Lunatic asylums Madras 1877-1891 - 1877-1891
Year: 1877
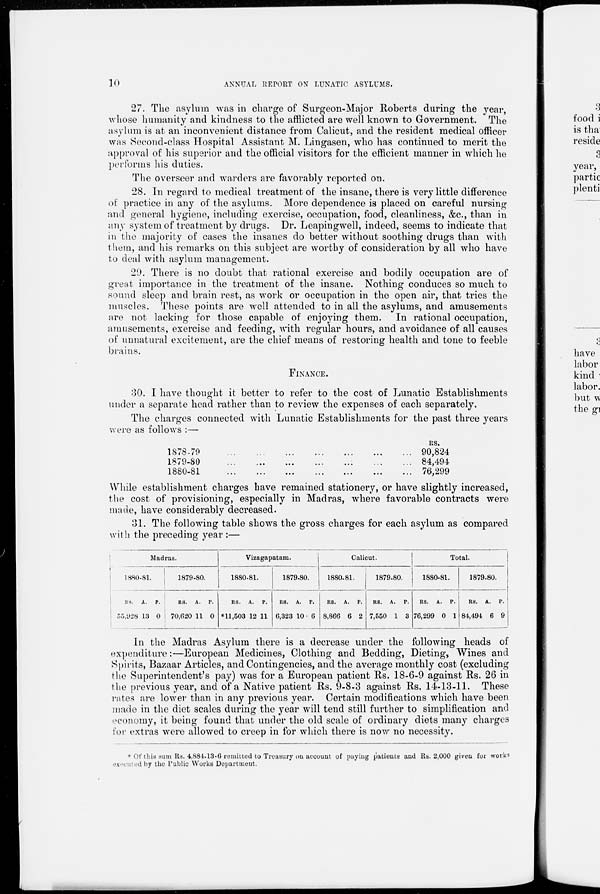
10
ANNUAL REPORT ON LUNATIC ASYLUMS.
27. The asylum was in charge of Surgeon-Major Roberts during the year,
whose humanity and kindness to the afflicted are well known to Government. The
asylum is at an inconvenient distance from Calicut, and the resident medical officer
was Second-class Hospital Assistant M. Lingasen, who has continued to merit the
approval of his superior and the official visitors for the efficient manner in which he
performs his duties.
The overseer and warders are favorably reported on.
28. In regard to medical treatment of the insane, there is very little difference
of practice in any of the asylums. More dependence is placed on careful nursing
and general hygiene, including exercise, occupation, food, cleanliness, &c., than in
any system of treatment by drugs. Dr. Leapingwell, indeed, seems to indicate that
in the majority of cases the insanes do better without soothing drugs than with
them, and his remarks on this subject are worthy of consideration by all who have
to deal with asylum management.
29. There is no doubt that rational exercise and bodily occupation are of
great importance in the treatment of the insane. Nothing conduces so much to
sound sleep and brain rest, as work or occupation in the open air, that tries the
muscles. These points are well attended to in all the asylums, and amusements
are not lacking for those capable of enjoying them. In rational occupation,
amusements, exercise and feeding, with regular hours, and avoidance of all causes
of unnatural excitement, are the chief means of restoring health and tone to feeble
brains.
FINANCE.
30. I have thought it better to refer to the cost of Lunatic Establishments
under a separate head rather than to review the expenses of each separately.
The charges connected with Lunatic Establishments for the past three years
were as follows :—
1878-79
...
...
...
...
...
...
...
1879-80
...
...
...
...
...
...
...
1880-81
...
...
...
...
...
...
...
Rs.
90,824
84,494
76,299
While establishment charges have remained stationery, or have slightly increased,
the cost of provisioning, especially in Madras, where favorable contracts were
made, have considerably decreased.
31. The following table shows the gross charges for each asylum as compared
with the preceding year :—
Madras.
1880-81.
RS.
55,928
A.
13
P.
0
1879-80.
RS.
70,620
A.
11
P.
0
Vizagapatam.
1880-81.
RS.
*11,503
A.
12
P.
11
1879-80.
RS.
6,323
A.
10
P.
6
Calicut.
1880-81.
RS.
8,866
A.
6
P.
2
1879-80.
RS.
7,550
A.
1
P.
3
Total.
1880-81.
RS.
76,299
A.
0
P.
1
1879.80.
RS.
84,494
A.
6
P.
9
In the Madras Asylum there is a decrease under the following heads of
expenditure:—European Medicines, Clothing and Bedding, Dieting, Wines and
Spirits, Bazaar Articles, and Contingencies, and the average monthly cost (excluding
the Superintendent's pay) was for a European patient Rs. 18-6-9 against Rs. 26 in
the previous year, and of a Native patient Rs. 9-8-3 against Rs. 14-13-11. These
rates are lower than in any previous year. Certain modifications which have been
made in the diet scales during the year will tend still further to simplification and
economy, it being found that under the old scale of ordinary diets many charges
for extras were allowed to creep in for which there is now no necessity.
Of this sum Rs. 4,884-13-6 remitted to Treasury on account of paying patients and Rs. 2,000 given for works
executed by the Public Works Department.